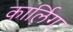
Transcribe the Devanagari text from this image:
कार्लिग